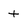
Character: t